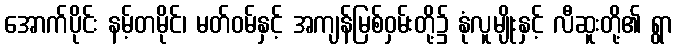
အောက်ပိုင်း နမ့်တမိုင်၊ မတ်ဝမ်နှင့် အကျန်မြစ်ဝှမ်းတို့၌ နုံလူမျိုးနှင့် လီဆူးတို့၏ ရွာ